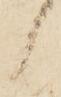
候